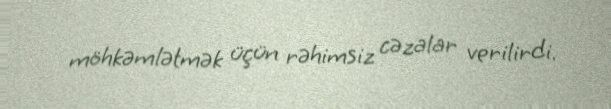
möhkəmlətmək üçün rəhimsiz cəzalar verilirdi.